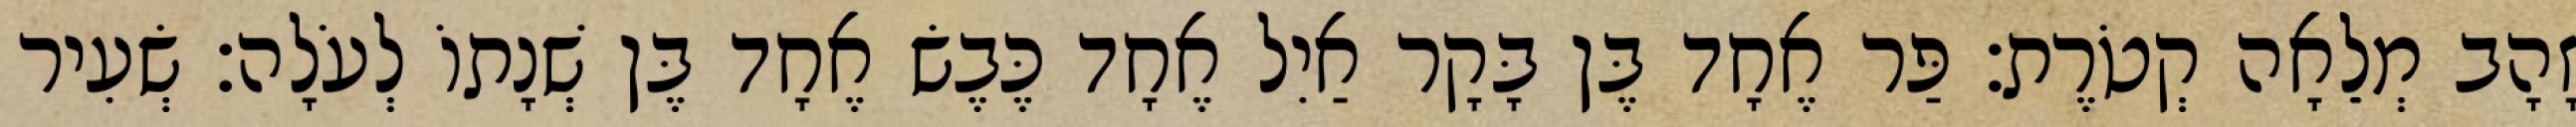
זָהָב מְלֵאָה קְטֹרֶת׃ פַּר אֶחָד בֶּן בָּקָר אַיִל אֶחָד כֶּבֶשׂ אֶחָד בֶּן שְׁנָתוֹ לְעֹלָה׃ שְׂעִיר